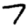
Digit: 7